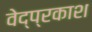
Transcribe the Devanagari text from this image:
वेद्प्रकाश